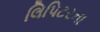
લિપિટરના